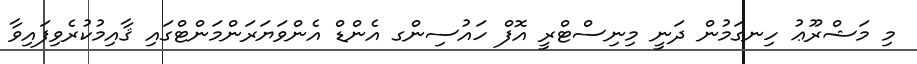
މި މަޝްރޫޢު ހިނގަމުން ދަނީ މިނިސްޓްރީ އޮފް ހައުސިންގ އެންޑް އެންވަޔަރަންމަންޓްގައި ޤާއިމުކުރެވިފައިވާ